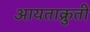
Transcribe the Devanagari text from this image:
आयताक्रुती